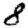
Digit: 8